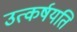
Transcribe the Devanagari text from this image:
उत्कर्षयति